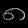
Digit: ၈